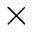
\times